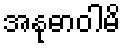
အနုဓာဝါမိ